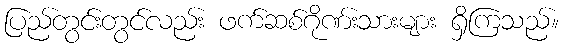
ပြည်တွင်းတွင်လည်း ဖက်ဆစ်ဂိုဏ်းသားများ ရှိကြသည်။